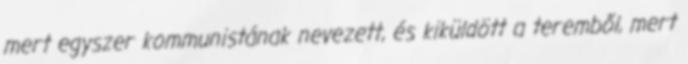
mert egyszer kommunistának nevezett, és kiküldött a teremből, mert